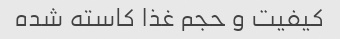
کیفیت و حجم غذا کاسته شده